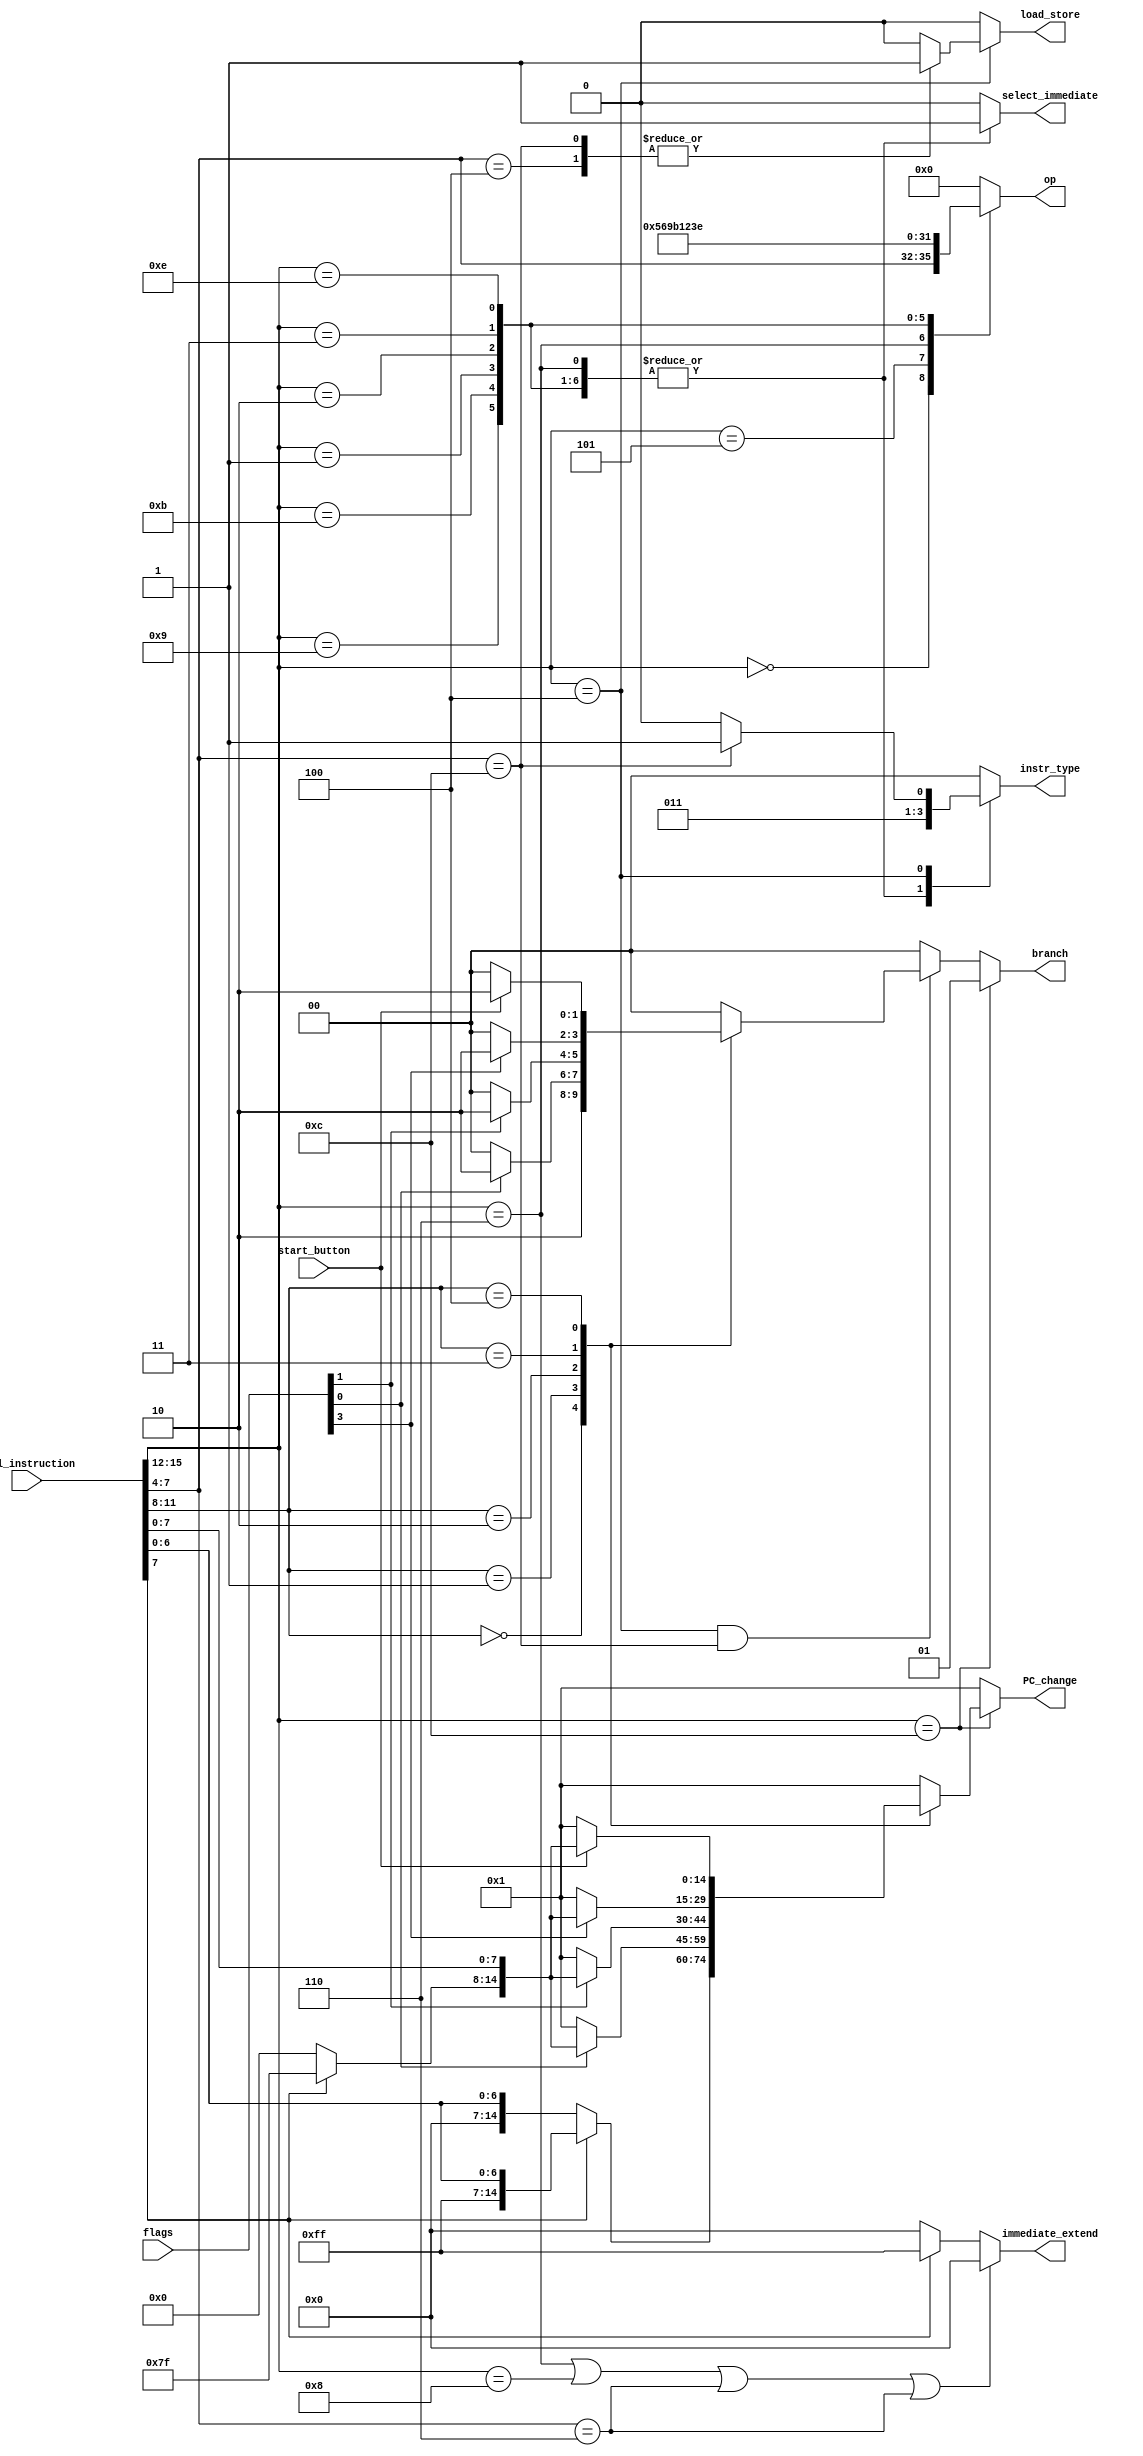
`timescale 1ns / 1ps
//////////////////////////////////////////////////////////////////////////////////
// Company: 
// Engineer: 
// 
// Design Name: 
// Module Name:    controller 
// Project Name: 
// Target Devices: 
// Tool versions: 
// Description: 
//
// Dependencies: 
//
// Revision: 
// Revision 0.01 - File Created
// Additional Comments: 
//
//////////////////////////////////////////////////////////////////////////////////
module controller(
    input [15:0]full_instruction,
	 input [4:0]flags,
	 input start_button,
	 output reg [3:0]op,
	 output reg select_immediate,
	 output reg [1:0]branch, // If 0 no branch, if 1 branch, if 2 jump
	 output reg [7:0]immediate_extend,
	 output reg [1:0]instr_type, // If 0 R-type, if 1 I-type, if 2 Load/Store, if 3 branch
	 output reg [14:0]PC_change,
	 output reg load_store // Says whether a load or store is being done. 0 for load, 1 for store.
    );
	
wire [7:0]instruction;	
assign instruction = {full_instruction[15:12],full_instruction[7:4]};

always @ (instruction, full_instruction, flags, start_button) begin
	if(instruction[7:4] == 4'b0110 | instruction[7:4] == 4'b1000 | instruction[3:0] == 4'b0110 | instruction[3:0] == 4'b0110) begin
		immediate_extend = 8'b0000_0000;
	end
	else begin
		immediate_extend = full_instruction[7] ? 8'b1111_1111 : 8'b0000_0000;
	end
	
	PC_change = 15'd1;
	
	if(instruction[7:4] == 4'b1100) begin // Branch
		////branch = 2'b01;
		case(full_instruction[11:8])
			4'b0000: // branch with no conditions.
				begin
					if(full_instruction[7] == 1) PC_change = {7'b1111111,full_instruction[7:0]};
					else PC_change = {7'b0000000,full_instruction[7:0]};
				end
			4'b0001: // branch if there is overflow.
				begin
					if(flags[0] == 1'b1) PC_change = {full_instruction[7] ? 7'b1111111 : 7'b0000000 , full_instruction[7:0]};
					else PC_change = 15'd1;
				end
			4'b0010: // Compare (in1 > in2)
				begin
					if(flags[1] == 1'b1) PC_change = {full_instruction[7] ? 7'b1111111 : 7'b0000000 , full_instruction[7:0]};
					else PC_change = 15'd1;
				end
			4'b0011: // Compare in1 = in2
				begin
					if(flags[3] == 1'b1) PC_change = {full_instruction[7] ? 7'b1111111 : 7'b0000000 , full_instruction[7:0]};
					else PC_change = 15'd1;
				end
			4'b0100: // Look at the start button flag
				begin
					if(start_button == 1'b1) PC_change = {full_instruction[7] ? 7'b1111111 : 7'b0000000 , full_instruction[7:0]};
					else PC_change = 15'd1;
				end
			default: PC_change = 15'd1;
		endcase	
		branch = 2'b01;
	end
	else if(instruction[7:4] == 4'b0100 && instruction[3:0] == 4'b1100) begin // Jump
		case(full_instruction[11:8])
			4'b0000: // No condition
				begin
					branch = 2'b10;
				end
			4'b0001: // There is overflow
				begin 
					if(flags[0] == 1'b1) branch = 2'b10;
					else branch = 2'b00; // If no overflow, just keep PC change at 1.
				end
			4'b0010: // Compare (in1 > in2)
				begin
					if(flags[1] == 1'b1) branch = 2'b10;
					else branch = 2'b00;
				end
			4'b0011: // Compare in1 = in2
				begin
					if(flags[3] == 1'b1) branch = 2'b10;
					else branch = 2'b00;
				end
			4'b0100: // Look at the start button flag.
				begin
					if(start_button == 1'b1) branch = 2'b10;
					else branch = 2'b00;
				end
			default:
				begin
					branch = 2'b00;
				end
		endcase
	end
	else begin
		PC_change = 15'd1;
		branch = 2'b00;
	end
	
end

always @ (instruction) begin
	case(instruction[7:4])
		4'b0000: // ALU with no immediate
			begin
				op = instruction[3:0];
				select_immediate = 1'b0;
				//branch = 2'b00;
				instr_type = 2'b00;
				load_store = 1'b0;
			end
		4'b0101: // ADDI
			begin
				op = 4'b0101;
				select_immediate = 1'b1; 
				//branch = 2'b00;
				instr_type = 2'b01;
				load_store = 1'b0;
			end
		4'b0110: // ADDUI
			begin
				op = 4'b0110;
				select_immediate = 1'b1; 
				//branch = 2'b00;
				instr_type = 2'b01;
				load_store = 1'b0;
			end
			
		4'b1001: //SUBI
			begin
				op = 4'b1001;
				select_immediate = 1'b1;
				//branch = 2'b00;
				instr_type = 2'b01;
				load_store = 1'b0;
			end
			
		4'b1011: //COMPI
			begin
				op = 4'b1011;
				select_immediate = 1'b1; 
				//branch = 2'b00;
				instr_type = 2'b01;
				load_store = 1'b0;
			end
			
		4'b0001: //ANDI
			begin
				op = 4'b0001;
				select_immediate = 1'b1; 
				//branch = 2'b00;
				instr_type = 2'b01;
				load_store = 1'b0;
			end
			
		4'b0010: //ORI
			begin
				op = 4'b0010;
				select_immediate = 1'b1; 
				//branch = 2'b00;
				instr_type = 2'b01;
				load_store = 1'b0;
			end
		
		4'b0011: //XORI
			begin
				op = 4'b0011;
				select_immediate = 1'b1; 
				//branch = 2'b00;
				instr_type = 2'b01;
				load_store = 1'b0;
			end
			
		4'b1110: //MULTI
			begin
				op = 4'b1110;
				select_immediate = 1'b1; 
				//branch = 2'b00;
				instr_type = 2'b01;
				load_store = 1'b0;
			end
			
		4'b0100: // LOAD/STORE
			begin
				op = 4'b0000;
				select_immediate = 1'b0;
				//branch = 2'b00;
				//instr_type = 2'b10;
				case(instruction[3:0])
					4'b0000: // LOAD
						begin
							instr_type = 2'b10;
							load_store = 1'b0;
						end
					4'b0100: // STORE
						begin
							instr_type = 2'b10;
							load_store = 1'b1;
						end
					4'b1100: 
						begin
							instr_type = 2'b11;
							load_store = 1'b1;
						end
					default:
						begin
							instr_type = 2'b10;
							load_store = 1'b0;
						end
				endcase
			end
			
		default:
			begin
				op = 4'b0000;
				select_immediate = 1'b0;
				//branch = 2'b00;
				instr_type = 2'b00;
				load_store = 1'b0;
			end
	endcase
end
	 

endmodule